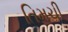
તિમચી